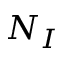
N _ { I }